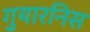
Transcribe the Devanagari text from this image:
गुयारनिस